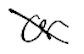
Text: or
Cross-out: diagonal
Writing tool: digital_black